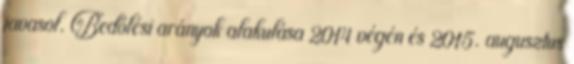
javasol. Bedőlési arányok alakulása 2014 végén és 2015. augusztus